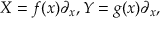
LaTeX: X = f ( x ) \partial _ { x } , Y = g ( x ) \partial _ { x } ,